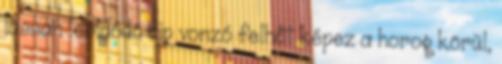
lassan leoldódó dip vonzó felhőt képez a horog körül,